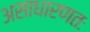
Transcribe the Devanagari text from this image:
असाधारणतः